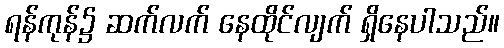
ရန်ကုန်၌ ဆက်လက် နေထိုင်လျက် ရှိနေပါသည်။